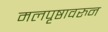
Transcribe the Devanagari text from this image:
मलपृष्ठावरुन